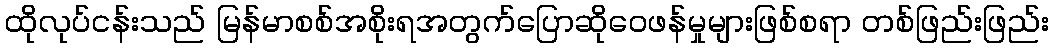
ထိုလုပ်ငန်းသည် မြန်မာစစ်အစိုးရအတွက်ပြောဆိုဝေဖန်မှုများဖြစ်စရာ တစ်ဖြည်းဖြည်း